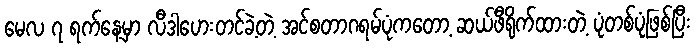
မေလ ၇ ရက်နေ့မှာ လီဒါဟေးတင်ခဲ့တဲ့ အင်စတာဂရမ်ပုံကတော့ ဆယ်ဖီရိုက်ထားတဲ့ ပုံတစ်ပုံဖြစ်ပြီး